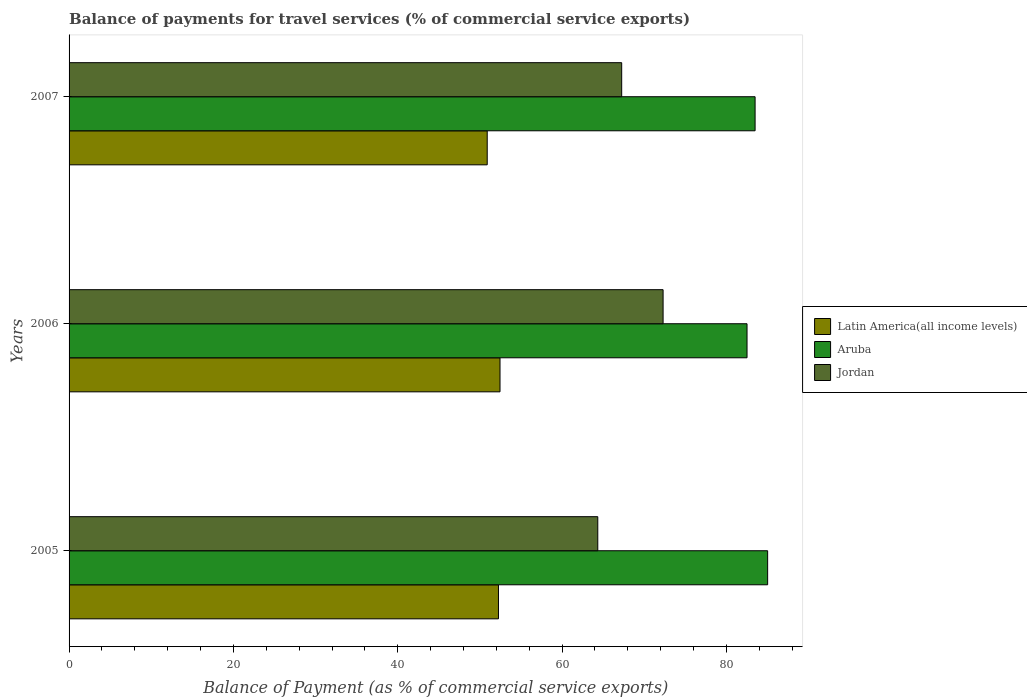
| Years | Latin America(all income levels) | Aruba | Jordan |
 | --- | --- | --- | --- |
 | 2005 | 52.3 | 85 | 64.3 |
 | 2006 | 52.4 | 82.5 | 72.3 |
 | 2007 | 50.9 | 83.5 | 67.2 |